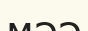
мәә